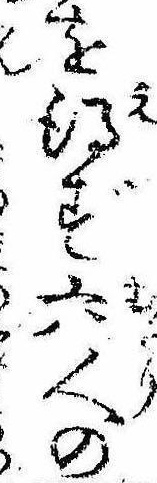
を得ず六人の